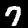
Label: 7